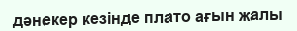
дәнекер кезінде плато ағын жалы